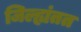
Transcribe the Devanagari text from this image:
जिल्ह्यंतत